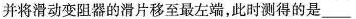
并将滑动变阻器的滑片移至最左端，此时测得的是___